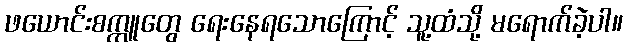
ဖယောင်းစက္ကူတွေ ရေးနေရသောကြောင့် သူ့ထံသို့ မရောက်ခဲ့ပါ။